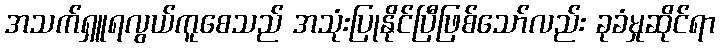
အသက်ရှူရလွယ်ကူစေသည် အသုံးပြုနိုင်ပြီဖြစ်သော်လည်း ခုခံမှုဆိုင်ရာ